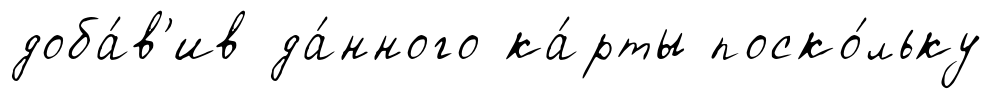
доба́в'ив да́нного ка́рты поско́льку